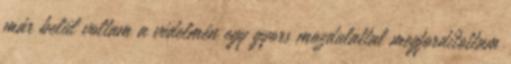
már belül voltam a védelmén egy gyors mozdulattal megfordítottam